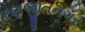
રણજીતનગર